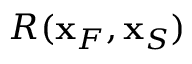
R ( { \bf x } _ { F } , { \bf x } _ { S } )